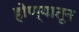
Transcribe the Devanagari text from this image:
होण्यातून